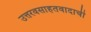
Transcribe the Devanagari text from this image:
उत्तरवसाहतवादाची